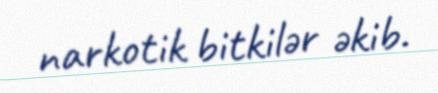
narkotik bitkilər əkib.